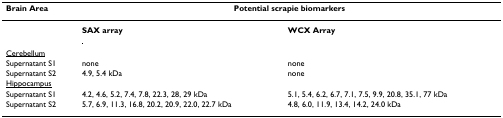
<table><thead><tr><td><b>Brain Area</b></td><td colspan="2"><b>Potential scrapie biomarkers</b></td></tr></thead><tbody><tr><td></td><td><b>SAX array</b></td><td><b>WCX Array</b></td></tr><tr><td><underline>Cerebellum</underline></td><td></td><td></td></tr><tr><td>Supernatant S1</td><td>none</td><td>none</td></tr><tr><td>Supernatant S2</td><td>4.9, 5.4 kDa</td><td>none</td></tr><tr><td><underline>Hippocampus</underline></td><td></td><td></td></tr><tr><td>Supernatant S1</td><td>4.2, 4.6, 5.2, 7.4, 7.8, 22.3, 28, 29 kDa</td><td>5.1, 5.4, 6.2, 6.7, 7.1, 7.5, 9.9, 20.8, 35.1, 77 kDa</td></tr><tr><td>Supernatant S2</td><td>5.7, 6.9, 11.3, 16.8, 20.2, 20.9, 22.0, 22.7 kDa</td><td>4.8, 6.0, 11.9, 13.4, 14.2, 24.0 kDa</td></tr></tbody></table>